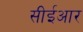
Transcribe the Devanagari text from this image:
सीईआर